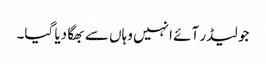
جو لیڈر آئے انہیں وہاں سے بھگا دیا گیا۔